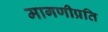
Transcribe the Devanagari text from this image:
मागणीप्रति